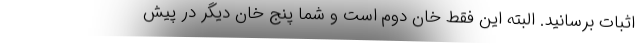
اثبات برسانید. البته این فقط خان دوم است و شما پنج خان دیگر در پیش